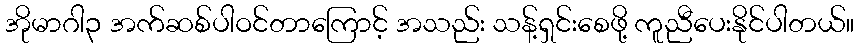
အိုမာဂါ၃ အက်ဆစ်ပါဝင်တာကြောင့် အသည်း သန့်ရှင်းစေဖို့ ကူညီပေးနိုင်ပါတယ်။